NAE_EAOK_eestikeelsed_sunnimeetrikad, lk 81
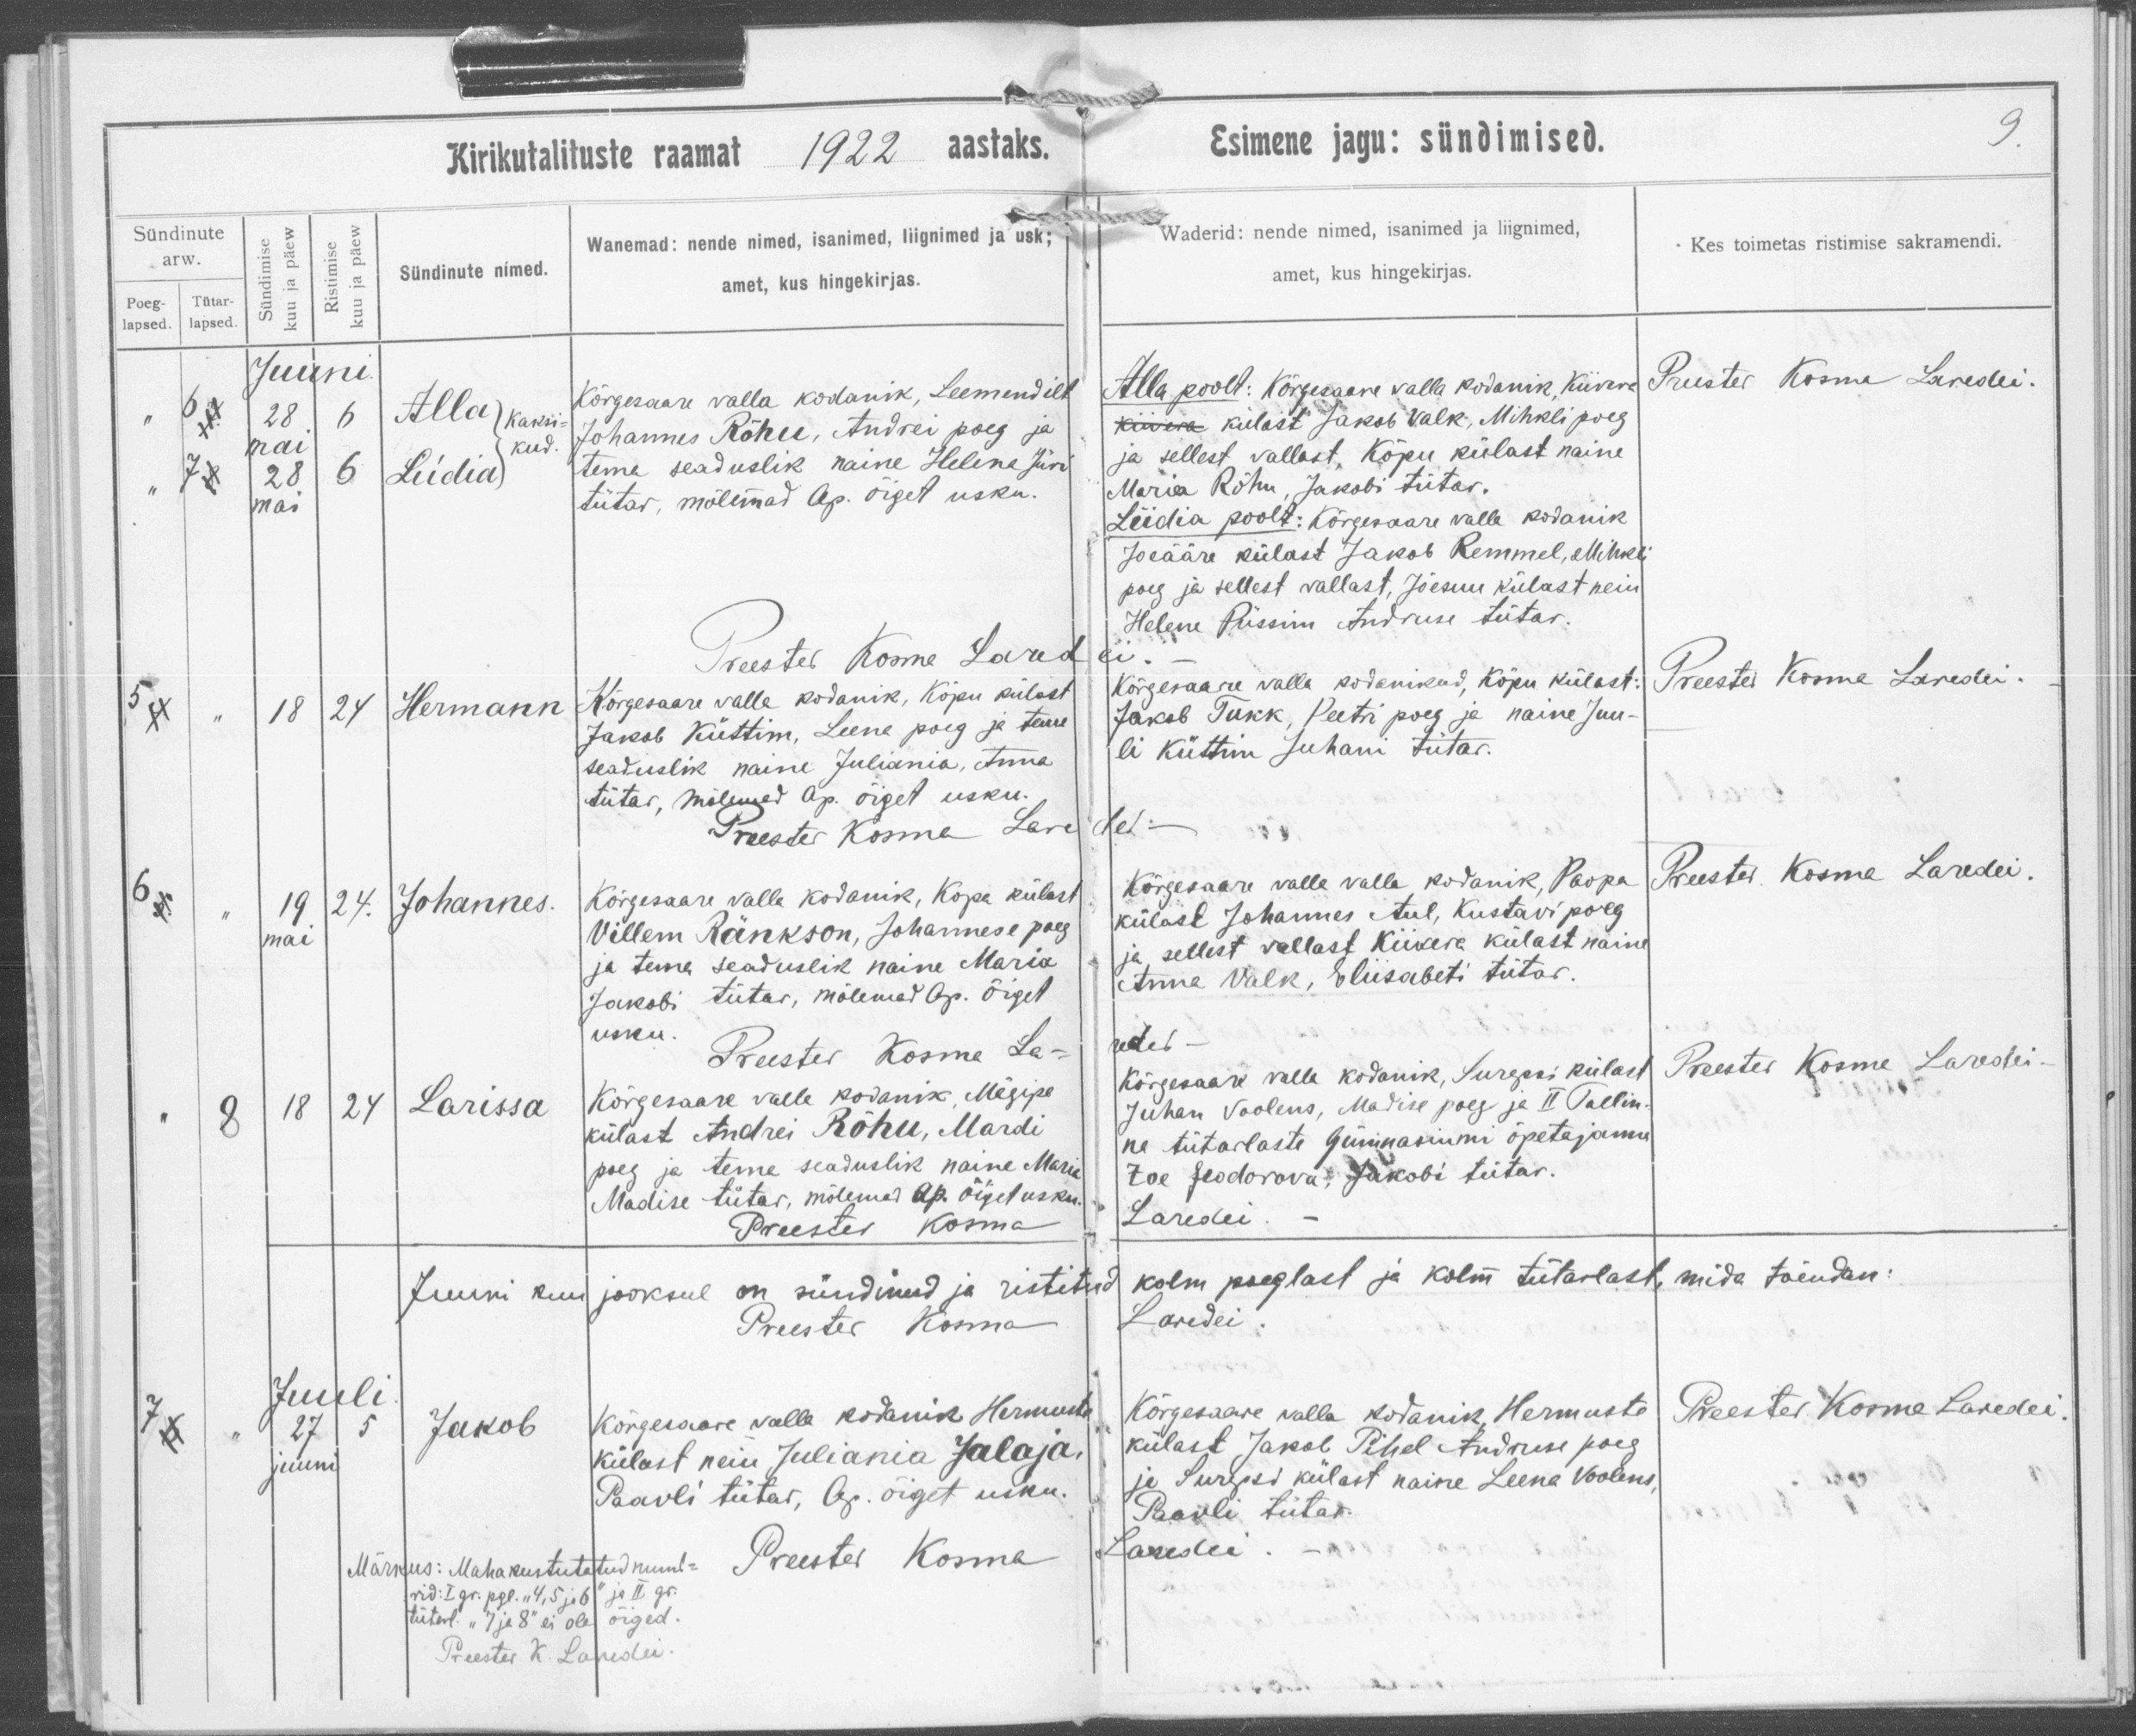
Alla
Kaksi-
kud
Liidia

Hermann

Johannes

Larissa

Jakob

Kõrgesaare valla kodanik, Leemendilt
Johannes Rõhu, Andrei poeg ja 
tema seaduslik naine Helene Jüri
tütar, mõlemad Ap. õiget usku.

Kõrgesaare valla kodanik, Kõpu külast
Jakob Küttim, Leene poeg ja tema
seaduslik naine Juliania, Anna
tütar, mõlemad Ap. õiget usku.

Kõrgesaare valla kodanik, Kopa külast
Villem Ränkson, Johannese poeg
ja tema seaduslik naine Maria
Jakobi tütar, mõlemad Ap. õiget
usku.

Kõrgesaare valla kodanik, Mägipe
külast Andrei Rõhu, Mardi
poeg ja tema seaduslik naine maria
Madise tütar, mõlemad Ap. õiget usku.

Kõrgesaare valla kodanik Hermuste
külast neiu Juliania Jalaja
Paavli tütar, Ap. õiget usku.